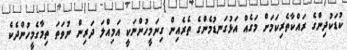
ކުޑަކުދިންގެ ރައްކާތެރިކަމަށް މަގެއް އަޅުގަނޑުމެންގެ ތެރެއިން ގިނަމީހުންނަކީ އަމިއްލަ ދަރިން ނުވަތަ ތިމާގެމީހުންދެކެ